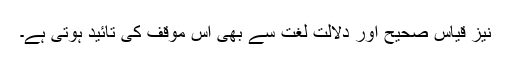
نیز قیاس صحیح اور دلالت لغت سے بھی اس موقف کی تائید ہوتی ہے۔